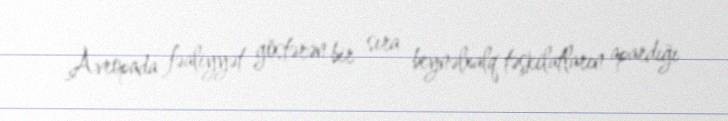
Avropada fəaliyyət göstərən bir sıra beynəlxalq təşkilatların apardığı